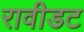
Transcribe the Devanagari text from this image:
रावीडट